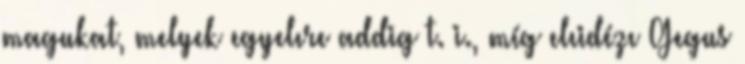
magukat, melyek egyelıre addig t. i., míg elıidézı Gegus